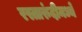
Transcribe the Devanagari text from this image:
रस्तारुंदीमध्ये